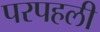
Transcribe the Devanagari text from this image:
परपहली